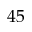
4 5